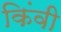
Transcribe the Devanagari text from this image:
किंवी